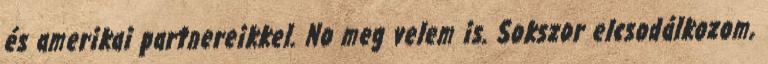
és amerikai partnereikkel. No meg velem is. Sokszor elcsodálkozom,